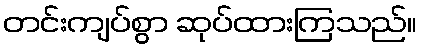
တင်းကျပ်စွာ ဆုပ်ထားကြသည်။